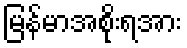
မြန်မာအစိုးရအား